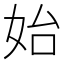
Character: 始